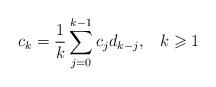
LaTeX: \begin{align*}{c_k} = \frac{1}{k}\sum\limits_{j = 0}^{k - 1} {{c_j}{d_{k - j}}}, \;\;\; k \geqslant 1\end{align*}